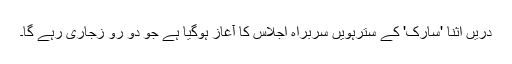
دریں اثنا 'سارک' کے سترہویں سربراہ اجلاس کا آغاز ہوگیا ہے جو دو رو زجاری رہے گا۔